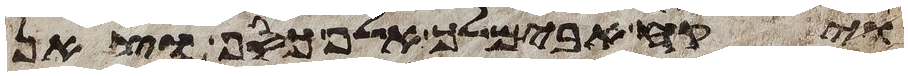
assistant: ויקח אבימלך אלף כסף וצאן